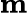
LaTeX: \mathrm{\mathbf m}